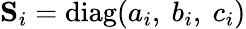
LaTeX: {\mathbf S_{i}}=\mathrm{diag}(a_{i},~b_{i},~c_{i})